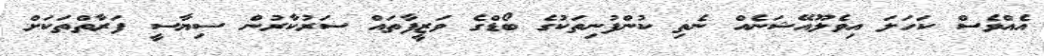
އެއްވެސް ކަހަލަ އިވެލޫއޭޝަނެއް ނެތި ކުންފުނިތަކުގެ ބޯޑްގެ ވަޒީފާތައް ސަރުކާރުން ސިޔާސީ ފަރާތްތަކަށް